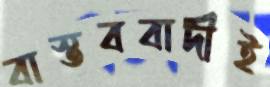
বাস্তববাদীই